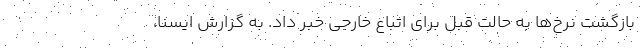
بازگشت نرخ‌ها به حالت قبل برای اتباع خارجی خبر داد. به گزارش ایسنا،